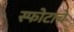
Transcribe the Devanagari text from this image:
स्फोटाचे